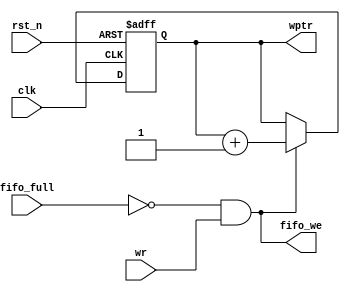
 module write_pointer(wptr,fifo_we,wr,fifo_full,clk,rst_n);  
  input wr,fifo_full,clk,rst_n;  
  output[9:0] wptr;  
  output fifo_we;  
  reg[9:0] wptr;  
  assign fifo_we = (~fifo_full)&wr;  
  always @(posedge clk or negedge rst_n)  
  begin  
   if(~rst_n) wptr <= 10'b0000000000;  
   else if(fifo_we)  
    wptr <= wptr + 10'b0000000001;  
   else  
    wptr <= wptr;  
  end  
 endmodule